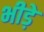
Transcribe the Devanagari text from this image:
भीड़े